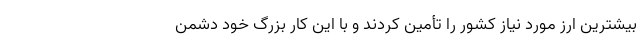
بیشترین ارز مورد نیاز کشور را تأمین کردند و با این کار بزرگ خود دشمن